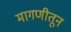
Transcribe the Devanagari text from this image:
मागणीतून